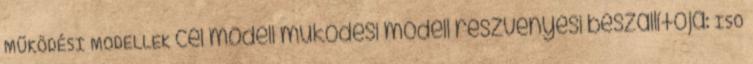
MŰKÖDÉSI MODELLEK cél modell működési modell részvényesi beszállítója: ISO